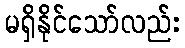
မရှိနိုင်သော်လည်း